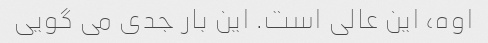
اوه، این عالی است. این بار جدی می گویی